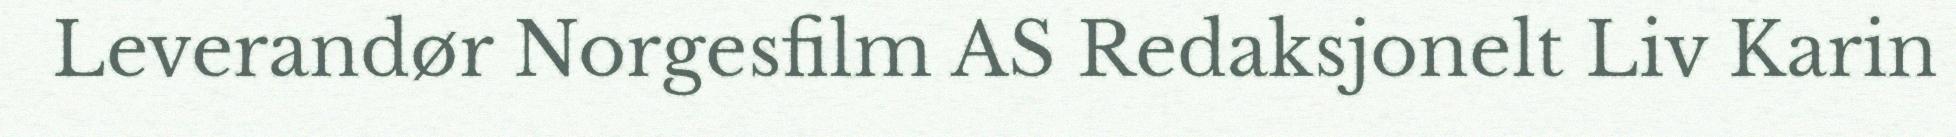
Leverandør Norgesfilm AS Redaksjonelt Liv Karin